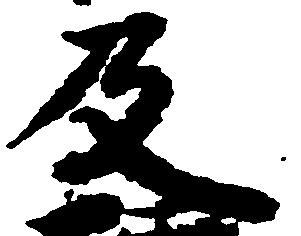
及